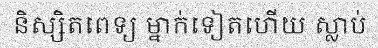
និស្សិតពេទ្យ ម្នាក់ទៀតហើយ ស្លាប់